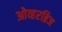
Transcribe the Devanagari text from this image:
ओव्हरब्रिज